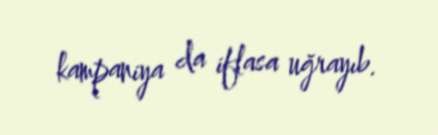
kampaniya da iflasa uğrayıb.